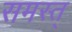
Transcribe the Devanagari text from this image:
समस्त्